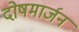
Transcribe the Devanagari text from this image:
दोषमार्जन